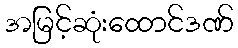
အမြင့်ဆုံးထောင်ဒဏ်